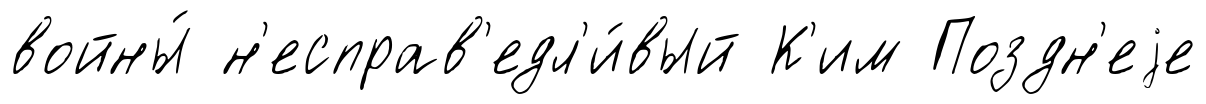
войны́ н'есправ'едл'и́вый К'им Поздн'еjе